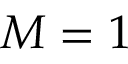
M = 1